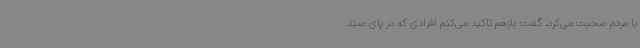
با مردم صحبت می‌کرد، گفت: بازهم تاکید می‌کنم افرادی که در پای صند